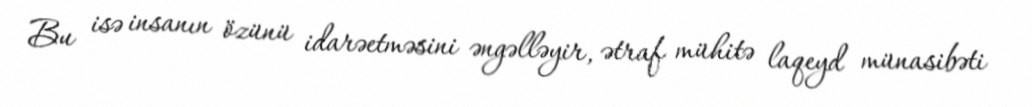
Bu isə insanın özünü idarəetməsini əngəlləyir, ətraf mühitə laqeyd münasibəti